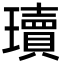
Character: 瓄